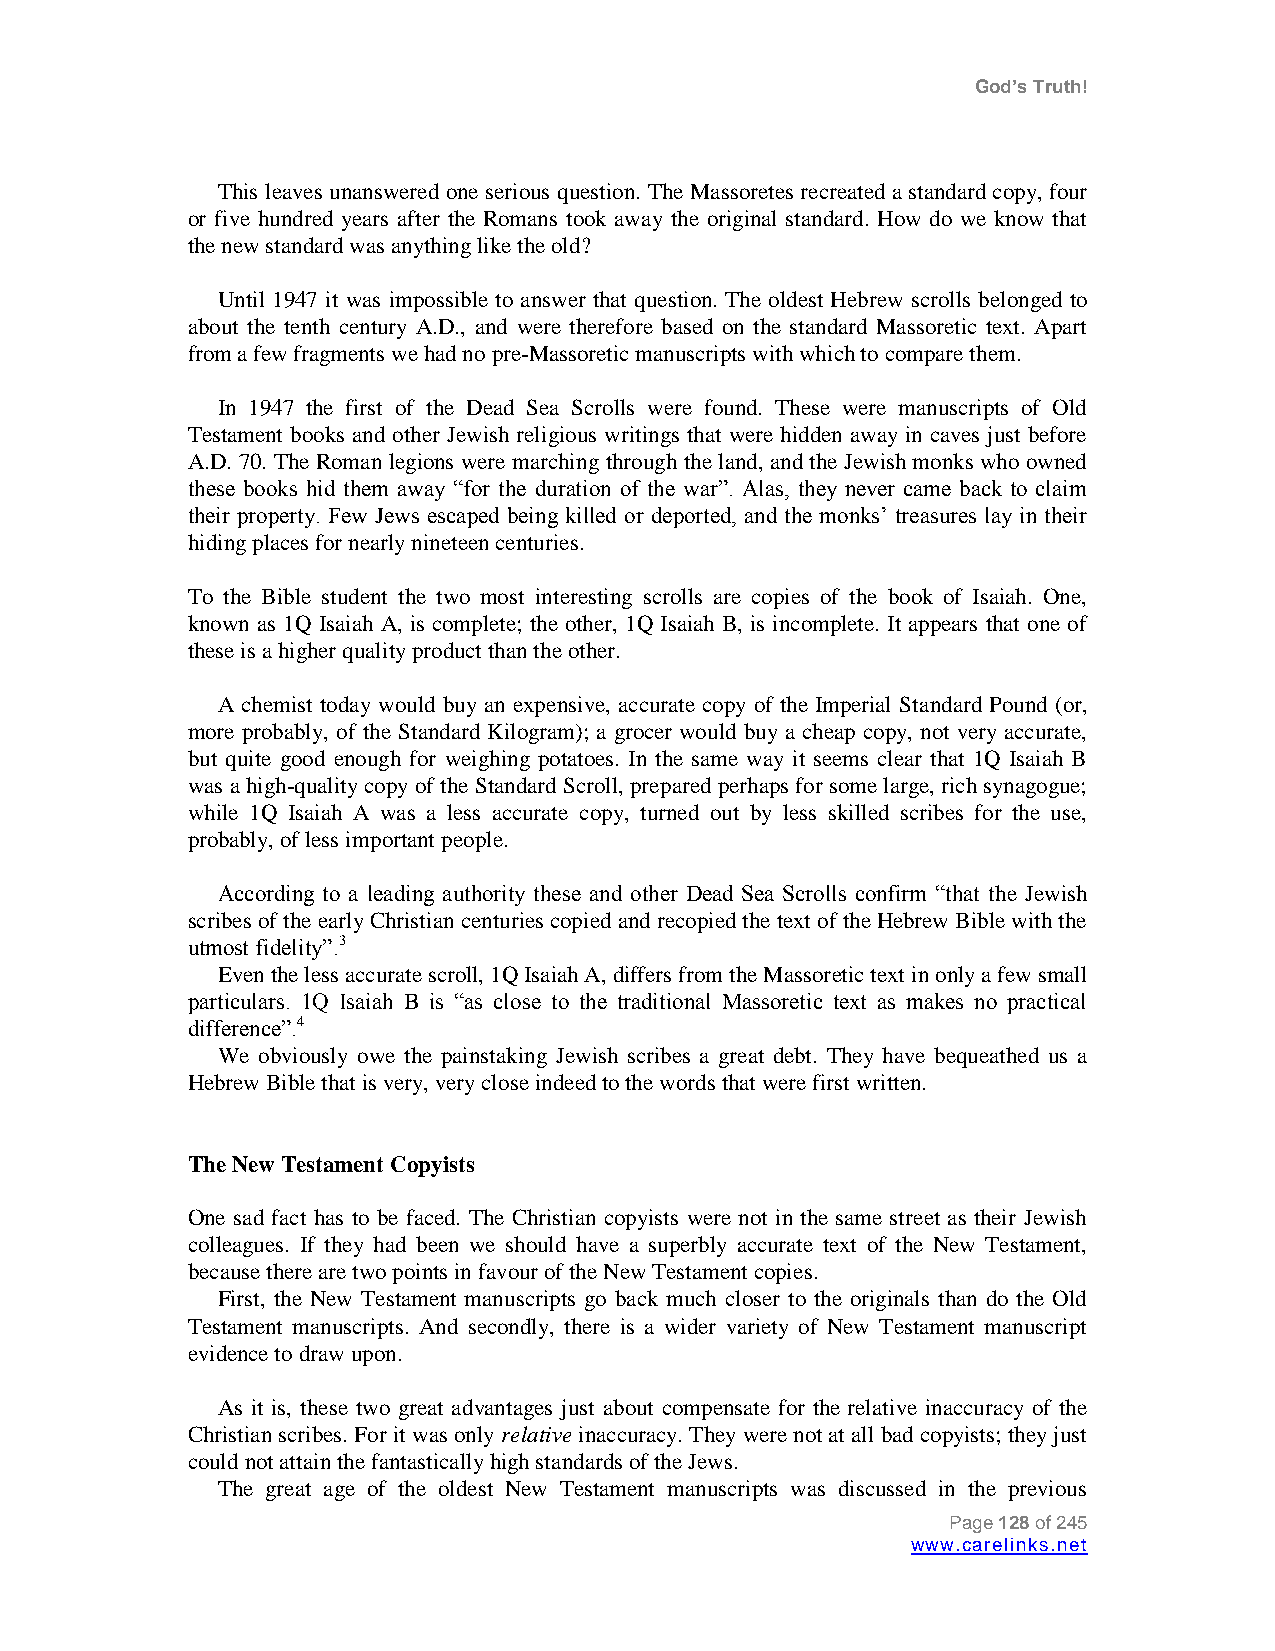
God’s Truth!
 This leaves unanswered one serious question. The Massoretes recreated a standard copy, four
 or five hundred years after the Romans took away the original standard. How do we know that
 the new standard was anything like the old?
 Until 1947 it was impossible to answer that question. The oldest Hebrew scrolls belonged to
 about the tenth century A.D., and were therefore based on the standard Massoretic text. Apart
 from a few fragments we had no pre-Massoretic manuscripts with which to compare them.
 In 1947 the first of the Dead Sea Scrolls were found. These were manuscripts of Old
 Testament books and other Jewish religious writings that were hidden away in caves just before
 A.D. 70. The Roman legions were marching through the land, and the Jewish monks who owned
 these books hid them away “for the duration of the war”. Alas, they never came back to claim
 their property. Few Jews escaped being killed or deported, and the monks‟ treasures lay in their
 hiding places for nearly nineteen centuries.
 To the Bible student the two most interesting scrolls are copies of the book of Isaiah. One,
 known as 1Q Isaiah A, is complete; the other, 1Q Isaiah B, is incomplete. It appears that one of
 these is a higher quality product than the other.
 A chemist today would buy an expensive, accurate copy of the Imperial Standard Pound (or,
 more probably, of the Standard Kilogram); a grocer would buy a cheap copy, not very accurate,
 but quite good enough for weighing potatoes. In the same way it seems clear that 1Q Isaiah B
 was a high-quality copy of the Standard Scroll, prepared perhaps for some large, rich synagogue;
 while 1Q Isaiah A was a less accurate copy, turned out by less skilled scribes for the use,
 probably, of less important people.
 According to a leading authority these and other Dead Sea Scrolls confirm “that the Jewish
 scribes of the early Christian centuries copied and recopied the text of the Hebrew Bible with the
 utmost fidelity”.3
 Even the less accurate scroll, 1Q Isaiah A, differs from the Massoretic text in only a few small
 particulars. 1Q Isaiah B is “as close to the traditional Massoretic text as makes no practical
 difference”.4
 We obviously owe the painstaking Jewish scribes a great debt. They have bequeathed us a
 Hebrew Bible that is very, very close indeed to the words that were first written.
 The New Testament Copyists
 One sad fact has to be faced. The Christian copyists were not in the same street as their Jewish
 colleagues. If they had been we should have a superbly accurate text of the New Testament,
 because there are two points in favour of the New Testament copies.
 First, the New Testament manuscripts go back much closer to the originals than do the Old
 Testament manuscripts. And secondly, there is a wider variety of New Testament manuscript
 evidence to draw upon.
 As it is, these two great advantages just about compensate for the relative inaccuracy of the
 Christian scribes. For it was only relative inaccuracy. They were not at all bad copyists; they just
 could not attain the fantastically high standards of the Jews.
 The great age of the oldest New Testament manuscripts was discussed in the previous
 Page 128 of 245
 www.carelinks.net